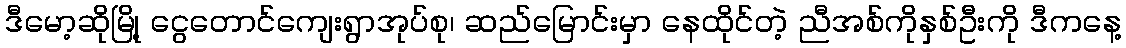
ဒီမော့ဆိုမြို့ ငွေတောင်ကျေးရွာအုပ်စု၊ ဆည်မြောင်းမှာ နေထိုင်တဲ့ ညီအစ်ကိုနှစ်ဦးကို ဒီကနေ့